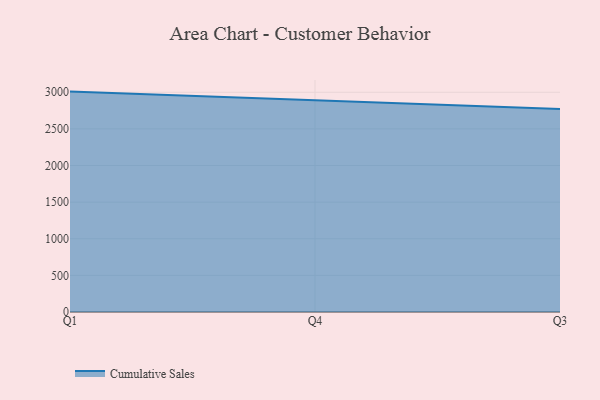
{"axis": {"x": "Quarter", "y": "Website Visitors"}, "legend": ["Cumulative Sales"], "data": [{"x": "Q1", "y": 3009.0, "type": "Cumulative Sales"}, {"x": "Q4", "y": 2890.6, "type": "Cumulative Sales"}, {"x": "Q3", "y": 2772.2, "type": "Cumulative Sales"}]}